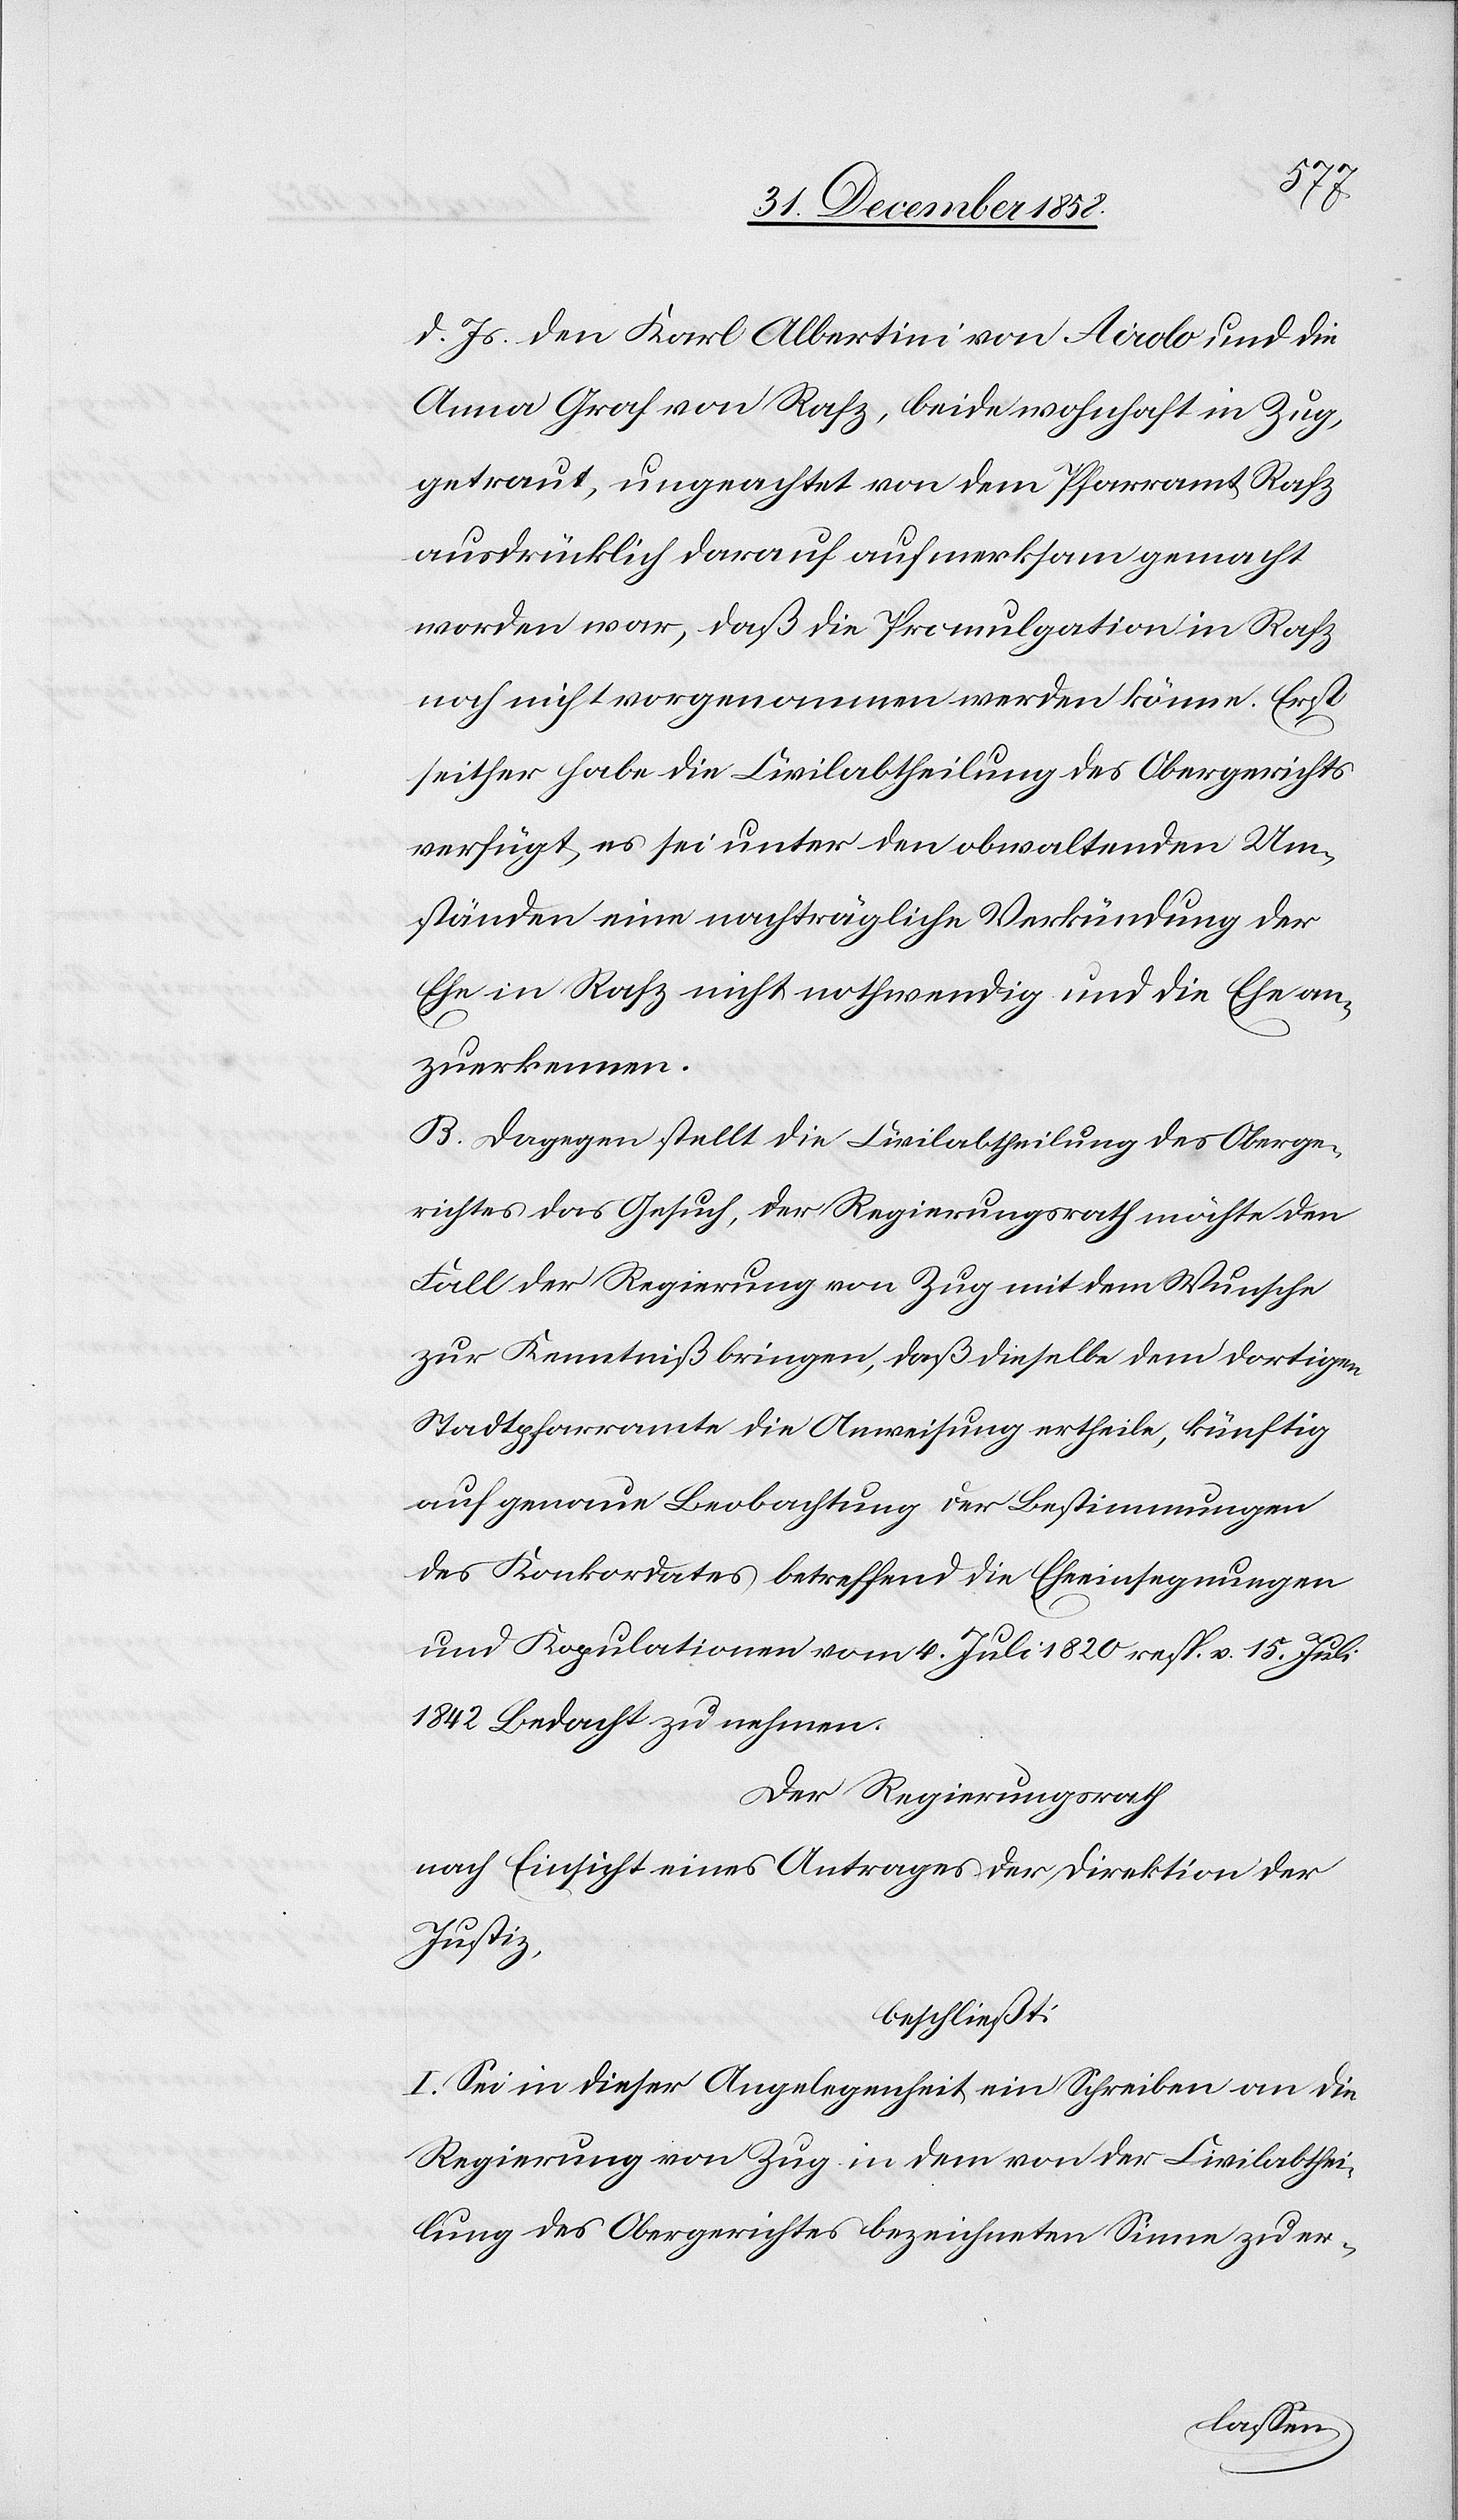
d. Js. den Karl Albertini von Airolo und die
Anna Graf von Rafz, beide wohnhaft in Zug,
getraut, ungeachtet von dem Pfarramt Rafz
ausdrücklich darauf aufmerksam gemacht
worden war, daß die Promulgation in Rafz
noch nicht vorgenommen werden könne. Erst
seither habe die Civilabtheilung des Obergerichts
verfügt, es sei unter den obwaltenden Um¬
ständen eine nachträgliche Verkündung der
Ehe in Rafz nicht nothwendig und die Ehe an¬
zuerkennen.
B. Dagegen stellt die Civilabtheilung des Oberge¬
richtes das Gesuch, der Regierungsrath möchte den
Fall der Regierung von Zug mit dem Wunsche
zur Kenntniß bringen, daß dieselbe dem dortigen
Stadtpfarramte die Anweisung ertheile, künftig
auf genaue Beobachtung der Bestimmungen
des Konkordates betreffend die Eheeinsegnungen
und Kopulationen vom 4. Juli 1820 resp. v. 15. Juli
1842 Bedacht zu nehmen.
Der Regierungsrath
nach Einsicht eines Antrages der Direktion der
Justiz,
beschließt:
I. Sei in dieser Angelegenheit ein Schreiben an die
Regierung von Zug in dem von der Civilabthei¬
lung des Obergerichtes bezeichneten Sinne zu er-